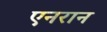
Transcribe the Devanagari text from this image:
एनरान